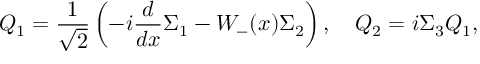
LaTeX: { \cal Q } _ { 1 } = \frac { 1 } { \sqrt { 2 } } \left( - i \frac { d } { d x } { \Sigma _ { 1 } } - W _ { - } ( x ) \Sigma _ { 2 } \right) , \quad { \cal Q } _ { 2 } = i \Sigma _ { 3 } { \cal Q } _ { 1 } ,